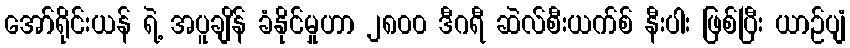
အော်ရိုင်းယန် ရဲ့ အပူချိန် ခံနိုင်မှုဟာ ၂၈၀၀ ဒီဂရီ ဆဲလ်စီးယက်စ် နီးပါး ဖြစ်ပြီး ယာဉ်ပျံ